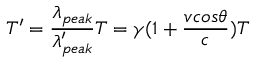
T ^ { \prime } = \frac { \lambda _ { p e a k } } { \lambda _ { p e a k } ^ { \prime } } T = \gamma ( 1 + \frac { v c o s \theta } { c } ) T